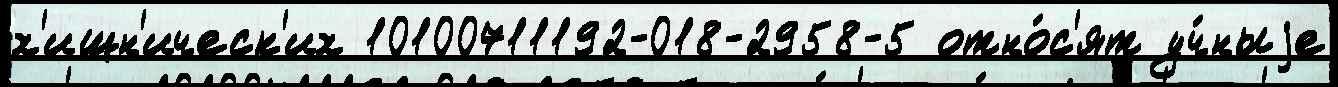
х'ищн'ическ'их 10100711192-018-2958-5 отно́с'ят уч́ныjе